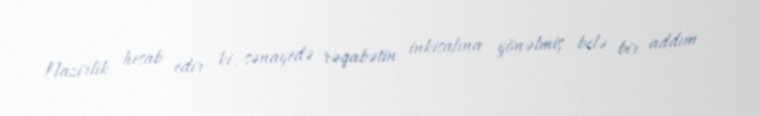
Nazirlik hesab edir ki, sənayedə rəqabətin inkişafına yönəlmiş belə bir addım